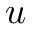
u